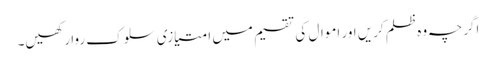
اگرچہ وہ ظلم کریں اور اموال کی تقسیم میں امتیازی سلوک روا رکھیں۔